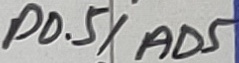
Text: P0.5/AD5